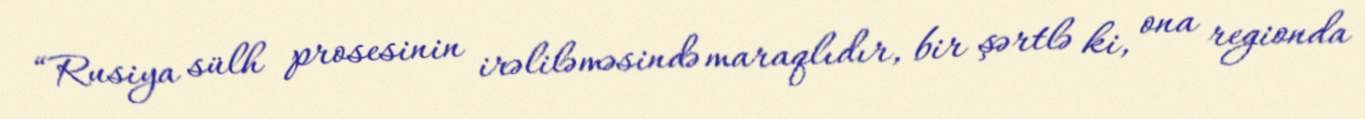
“Rusiya sülh prosesinin irəliləməsində maraqlıdır, bir şərtlə ki, ona regionda